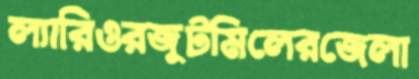
ল্যারিওরজুটমিলেরজেলা